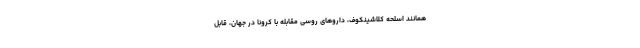
همانند اسلحه کلاشینکوف، داروهای روسی مقابله با کرونا در جهان، قابل